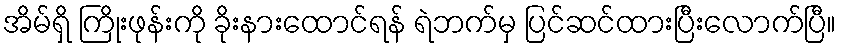
အိမ်ရှိ ကြိုးဖုန်းကို ခိုးနားထောင်ရန် ရဲဘက်မှ ပြင်ဆင်ထားပြီးလောက်ပြီ။